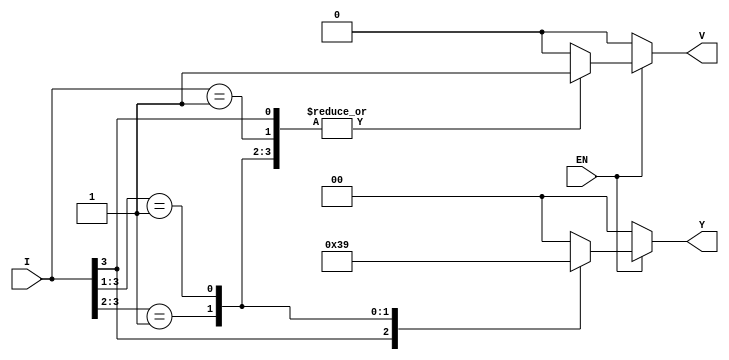
module priority_encoder (
    input wire [3:0] I,      // 4 input lines
    input wire EN,           // Enable signal
    output reg [1:0] Y,      // 2-bit output representing the highest priority active input
    output reg V             // Valid output signal
);

    always @(*) begin
        if (EN) begin
            V = 1; // Output is valid when enabled
            casez (I) // casez allows for don't care conditions
                4'b1???: Y = 2'b11; // I3 is active
                4'b01??: Y = 2'b10; // I2 is active
                4'b001?: Y = 2'b01; // I1 is active
                4'b0001: Y = 2'b00; // I0 is active
                default: begin
                    Y = 2'b00; // No active inputs
                    V = 0; // Output is not valid
                end
            endcase
        end else begin
            Y = 2'b00; // Default state when not enabled
            V = 0;     // Output is not valid
        end
    end

endmodule